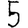
Digit: 5